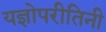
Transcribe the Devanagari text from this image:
यज्ञोपरीतिनी